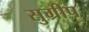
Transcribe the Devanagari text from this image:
सुग्रीप